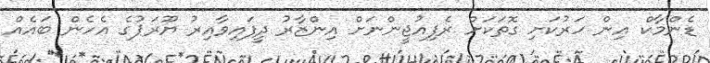
ޑެންމާކް އިން ހަރުކަށި ގޮތަކަށް ރެފިއުޖީންނަށް އިންޒާރު ދީފައިވާއިރު ޔޫރަޕުގެ އެހެން ބައެއް